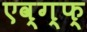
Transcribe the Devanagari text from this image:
एव्ग्फ्